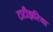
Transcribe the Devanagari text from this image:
टाटीझरिया